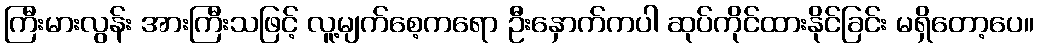
ကြီးမားလွန်း အားကြီးသဖြင့် လူ့မျက်စေ့ကရော ဦးနှောက်ကပါ ဆုပ်ကိုင်ထားနိုင်ခြင်း မရှိတော့ပေ။